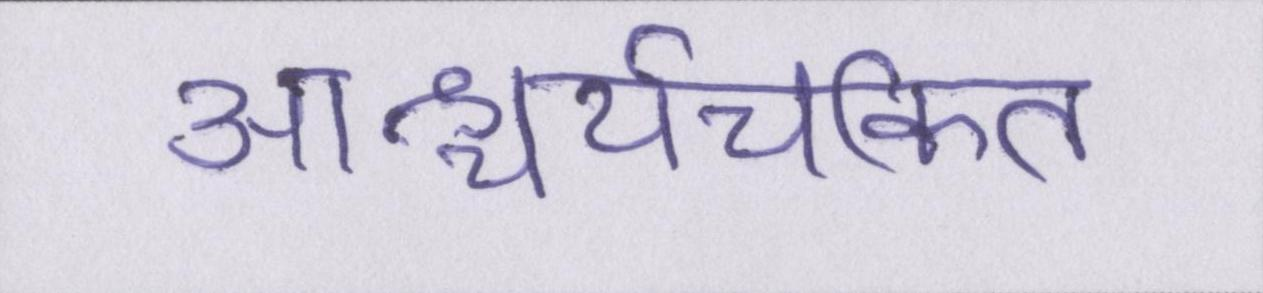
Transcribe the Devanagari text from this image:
आश्चर्यचकित